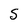
Character: S